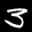
Label: 3